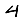
Digit: 4